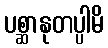
ပစ္ဆာနုတပ္ပါမိ